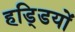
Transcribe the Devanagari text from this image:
हडि्‍डयों